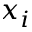
x _ { i }